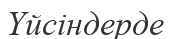
Үйсіндерде